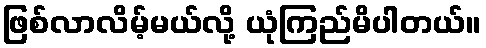
ဖြစ်လာလိမ့်မယ်လို့ ယုံကြည်မိပါတယ်။